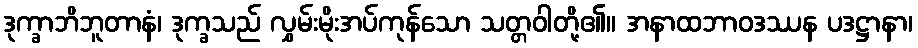
ဒုက္ခာဘိဘူတာနံ၊ ဒုက္ခသည် လွှမ်းမိုးအပ်ကုန်သော သတ္တဝါတို့၏။ အနာထဘာဝဒဿန ပဒဋ္ဌာနာ၊